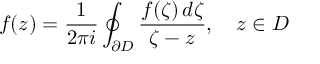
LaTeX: f ( z ) = { \frac { 1 } { 2 \pi i } } \oint _ { \partial D } { \frac { f ( \zeta ) \, d \zeta } { \zeta - z } } , \quad z \in D